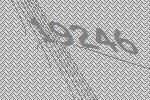
19246